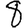
Digit: 8